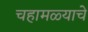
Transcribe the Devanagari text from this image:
चहामळ्याचे